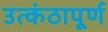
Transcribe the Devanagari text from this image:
उत्कंठापूर्ण